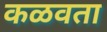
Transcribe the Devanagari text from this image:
कळवता